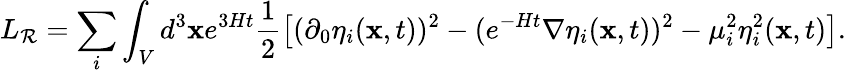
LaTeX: L_{\mathcal{R}}=\sum_{i}\int_{V}d^{3}{\mathbf{x}}e^{3Ht}\frac{{1}}{{2}}\left[(\partial_{0}\eta_{i}({\mathbf{x}},t))^{2}-(e^{-Ht}{\mathbf{\nabla}}\eta_{i}({\mathbf{x}},t))^{2}-\mu_{i}^{2}\eta_{i}^{2}({\mathbf{x}},t)\right].